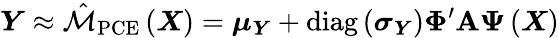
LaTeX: \boldsymbol{Y}\approx\hat{\mathcal{M}}_{\mathrm{PCE}}\left(\boldsymbol{X}\right)=\boldsymbol{\mu}_{\boldsymbol{Y}}+\operatorname{diag}\left(\boldsymbol{\sigma}_{\boldsymbol{Y}}\right)\boldsymbol{\Phi}^{\prime}\boldsymbol{\mathrm{A}}\boldsymbol{\Psi}\left(\boldsymbol{X}\right)